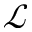
\mathcal { L }